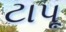
ટાપૂ